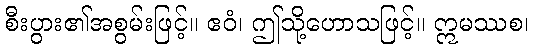
စီးပွား၏အစွမ်းဖြင့်။ ဧဝံ၊ ဤသို့ဟောသဖြင့်။ ဣမဿစ၊